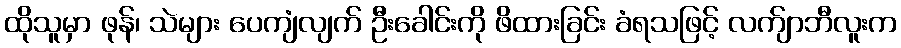
ထိုသူမှာ ဖုန်၊ သဲများ ပေကျံလျက် ဦးခေါင်းကို ဖိထားခြင်း ခံရသဖြင့် လက်ျာဘီလူးက